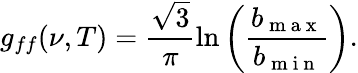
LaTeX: g_{ff}(\nu,T)=\frac{\sqrt 3}{\pi}\ln\left(\frac{b_{\mathrm{~m~a~x~}}}{b_{\mathrm{~m~i~n~}}}\right).